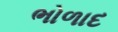
ભોળાદ